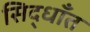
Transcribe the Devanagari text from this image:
सिद्धाँत